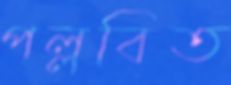
পল্লবিত